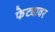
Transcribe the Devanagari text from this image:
फेट्यावर